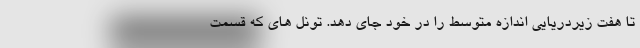
تا هفت زیردریایی اندازه متوسط را در خود جای دهد. تونل های که قسمت